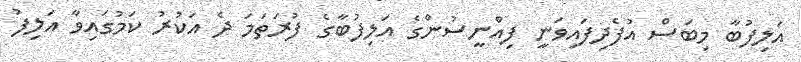
އަލިފުބާ މިބަސް އުފެދިފައިވަނީ ފިއްނީސުންގެ އަލިފުބާގެ ފުރަތަމަ ދެ އަކުރު ކަމުގައިވާ އަލިފު